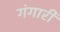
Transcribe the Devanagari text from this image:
गंगारी